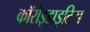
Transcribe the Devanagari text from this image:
कॉरोइडाइटिस